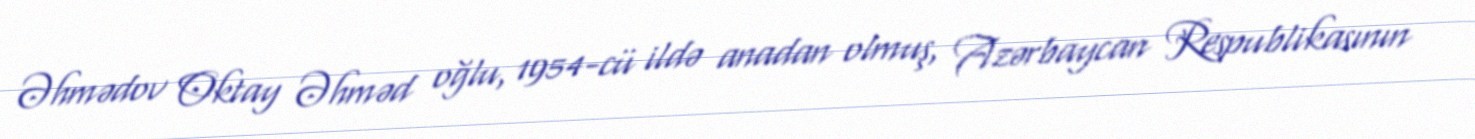
Əhmədov Oktay Əhməd oğlu, 1954-cü ildə anadan olmuş, Azərbaycan Respublikasının